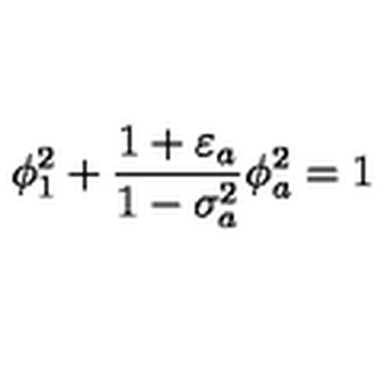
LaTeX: \phi _ { 1 } ^ { 2 } + \frac { 1 + \varepsilon _ { a } } { 1 - \sigma _ { a } ^ { 2 } } \phi _ { a } ^ { 2 } = 1